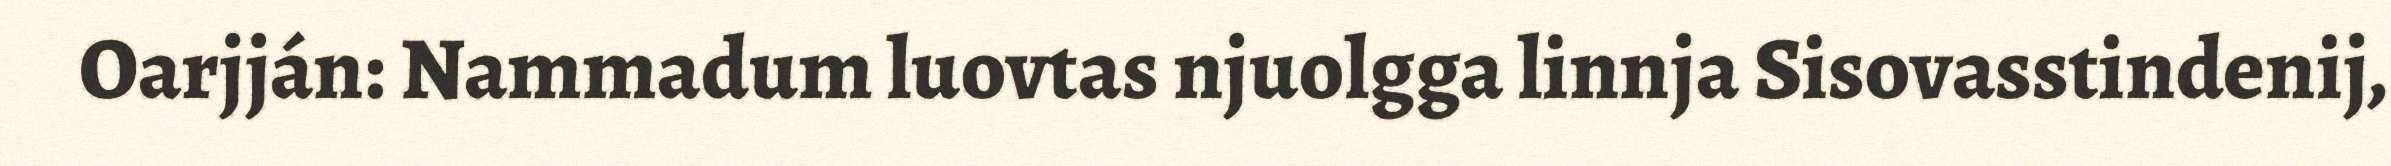
Oarjján: Nammadum luovtas njuolgga linnja Sisovasstindenij,